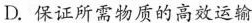
D. 保证所需物质的高效运输